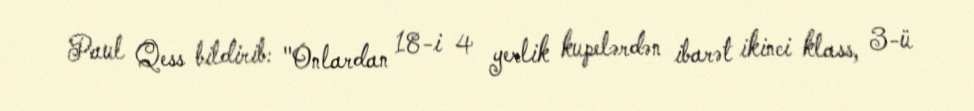
Paul Qess bildirib: "Onlardan 18-i 4 yerlik kupelərdən ibarət ikinci klass, 3-ü